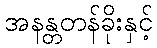
အနန္တတန်ခိုးနှင့်